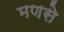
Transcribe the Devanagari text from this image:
मणसे